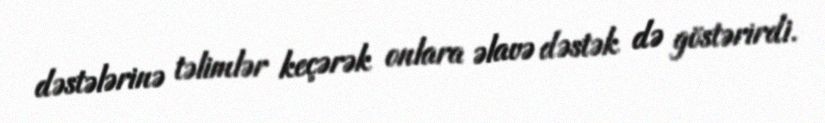
dəstələrinə təlimlər keçərək onlara əlavə dəstək də göstərirdi.